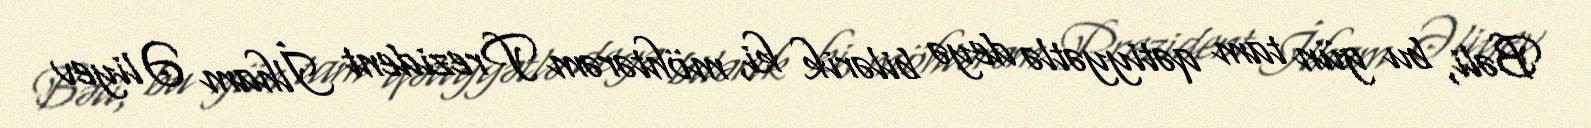
Bəli, bu gün tam qətiyyətlə deyə bilərik ki, möhtərəm Prezident İlham Əliyev